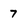
Character: 7